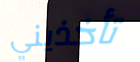
تأخذيني